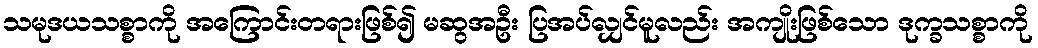
သမုဒယသစ္စာကို အကြောင်းတရားဖြစ်၍ မဆွအဦး ပြအပ်လျှင်မူလည်း အကျိုးဖြစ်သော ဒုက္ခသစ္စာကို